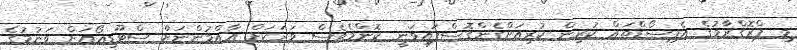
މި ޕްރޮގްރާމުގެ އެޕިސޯޑްތައް ކުރިން ކުރިއަށްގެންގޮސްފައިވަނީ ކޮންމެވެސް ވަރަކަށް އާއްމުންނަށް ސްޓޫޑިއޯއަށް ވަނުމުގެ